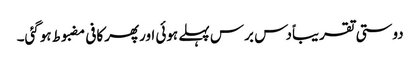
دوستی تقریباًدس برس پہلے ہوئی اورپھرکافی مضبوط ہوگئی۔